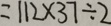
= 1 1 2 \times 3 7 \div 2